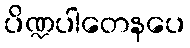
ပိဏ္ဍပါတေနပေ